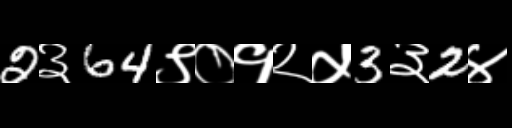
Text: 2३64९०१२५3३2४